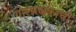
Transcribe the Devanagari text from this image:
गोलरक्षकाची